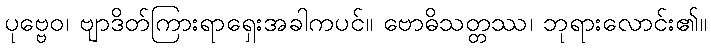
ပုဗ္ဗေဝ၊ ဗျာဒိတ်ကြားရာရှေးအခါကပင်။ ဗောဓိသတ္တဿ၊ ဘုရားလောင်း၏။